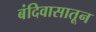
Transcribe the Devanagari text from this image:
बंदिवासातून